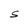
Character: S